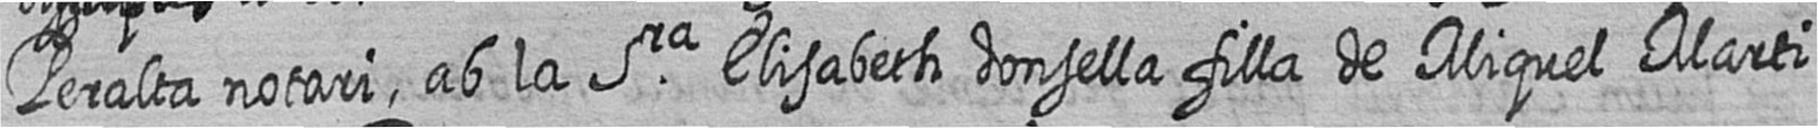
Peralta notari ab la Sra Elisabeth donsella filla de Miquel Marti